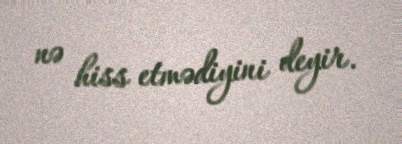
nə hiss etmədiyini deyir.